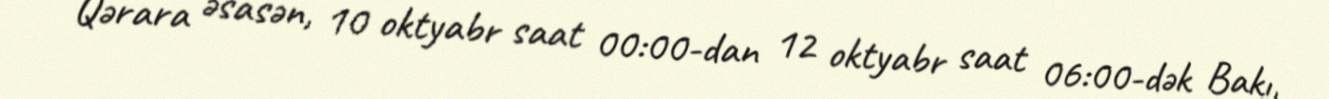
Qərara əsasən, 10 oktyabr saat 00:00-dan 12 oktyabr saat 06:00-dək Bakı,